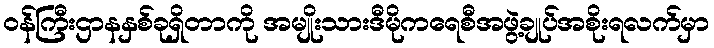
ဝန်ကြီးဌာနနှစ်ခုရှိတာကို အမျိုးသားဒီမိုကရေစီအဖွဲ့ချုပ်အစိုးရလက်မှာ